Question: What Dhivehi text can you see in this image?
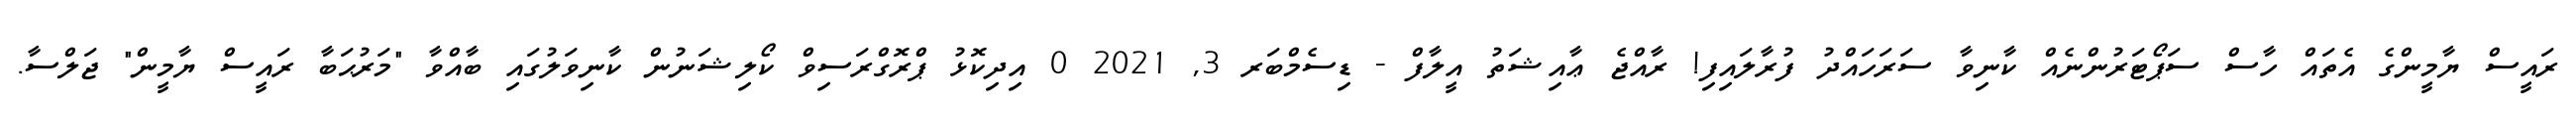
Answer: ރައީސް ޔާމީންގެ އެތައް ހާސް ސަޕޯޓަރުންނެއް ކާނިވާ ސަރަހައްދު ފުރާލައިފި! ރާއްޖެ ޢާއިޝަތު އީލާފް - ޑިސެމްބަރ 3, 2021 0 އިދިކޮޅު ޕްރޮގްރަސިވް ކޯލިޝަނުން ކާނިވަލުގައި ބާއްވާ "މަރުޙަބާ ރައީސް ޔާމީން" ޖަލްސާ.